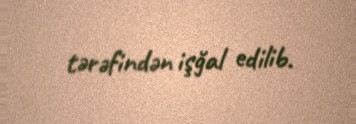
tərəfindən işğal edilib.